Calcutta medical institutions reports 1892-1900
Year: 1892
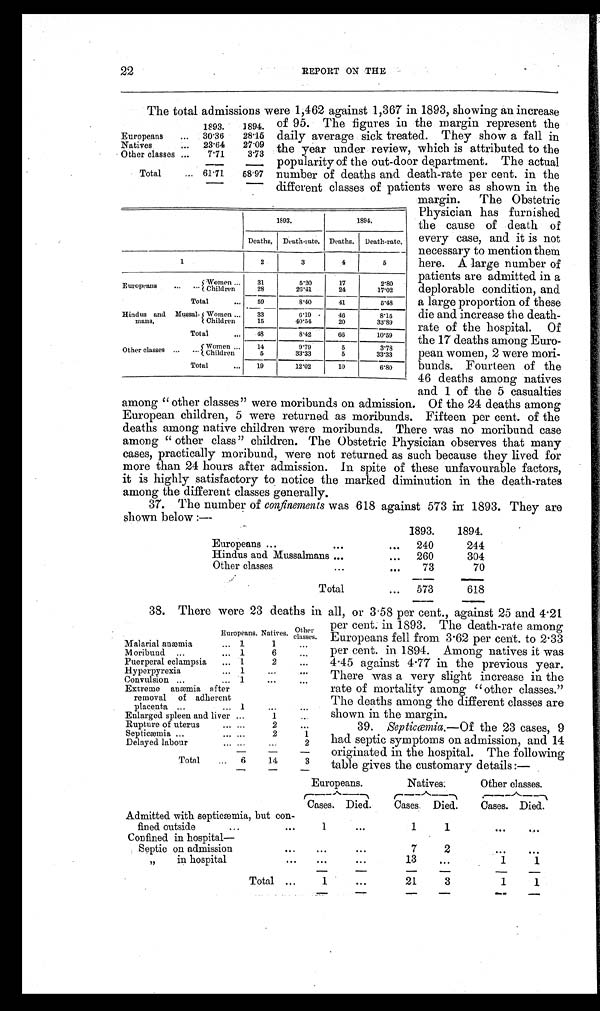
22
REPORT ON THE
The total admissions were 1,462 against 1,367 in 1893, showing an increase
of 95. The figures in the margin represent the
daily average sick treated. They show a fall in
the year under review, which is attributed to the
popularity of the out-door department. The actual
number of deaths and death-rate per cent. in the
different classes of patients were as shown in the
1893.
1894.
Europeans
...
30.36
28.15
Natives
...
23.64
27.09
Other classes ...
7.71
3.73
Total
... 61.71
58.97
1893.
1894.
Deaths. Death-rate. Deaths. Death-rate.
1
2
3
4
5
Europeans
. . . ...
Women ...
3 1
5 . 2 0
17
2.80
Children 28
26.41
2 4
17.02
Total
...
59
8.40
41
5.48
Hindus and Mussal-
mans,
W o m e n . . .
33
6.19
46
8.15
C h i l d r e n
1 5
40.54
20
33.89
Total
...
48
8.42
66
10.59
Other classes ...
... Women ...
1 4
9 . 7 9
5
3.78
Children
5
3 3 . 3 3
5
33.33
Total
...
19
12.02
10
6.80
margin. The Obstetric
Physician has furnished
the cause of death of
every case, and it is not
necessary to mention them
here. A large number of
patients are admitted in a
deplorable condition, and
a large proportion of these
die and increase the death-
rate of the hospital. Of
the 17 deaths among Euro--
pean women, 2 were mori
-bunds. Fourteen of the
46 deaths among natives
and 1 of the 5 casualties
among “other classes” were moribunds on admission. Of the 24 deaths among
European children, 5 were returned as moribunds. Fifteen per cent. of the
deaths among native children were moribunds. There was no moribund case
among “other class” children. The Obstetric Physician observes that many
cases, practically moribund, were not returned as such because they lived for
more than 24 hours after admission. In spite of these unfavourable factors,
it is highly satisfactory to notice the marked diminution in the death-rates
among the different classes generally.
37. The number of confinements was 618 against 573 in 1893. They are
shown below :—
1893.
1894.
Europeans ...
. . .
. . .
240
244
Hindus and Mussalmans ...
...
260
304
Other classes
. . .
. . .
73
70
Total
...
573
618
38. There were 23 deaths in all, or 3.58 per cent., against 25 and 4.21
Europeans. Natives. Other c l a s s e s .
Malarial anæmi
1
1
. . .
Moribund
...
1
6
. . .
Puerperal eclampsia
1
2
. . .
Hyperpyrexia
1
...
. . .
Convulsion ...
1
...
. . .
Extreme anæmia after
removal of adherent
placenta ...
... 1
...
. . .
Enlarged spleen and liver ...
1
. . .
Rupture of uterus
... ...
2
. . .
Septicæmia ...
... ...
2
1
Delayed labour
... ...
...
2
Total
6
14
3
per cent. in 1893. The death-rate among
Europeans fell from 3.62 per cent. to 2.33
per cent. in 1894. Among natives it was
4.45 against 4.77 in the previous year.
There was a very slight increase in the
rate of mortality among “other classes.”
The deaths among the different classes are
shown in the margin.
39. Septicæmia.—Of the 23 cases, 9
had septic symptoms on admission, and 14
originated in the hospital. The following
table gives the customary details:—
Europeans.
Natives.
Other classes.
Cases. Died.
Cases. Died.
Cases. Died.
Admitted with septicæmia, but con-
fined outside
...
. . .
.
1
. . .
1
1
. . .
. . .
Confined in hospital—
Septic on admission
. . .
...
...
7
2
. . .
. . .
„
in hospital
. . .
. . .
...
13
. . .
1
1
Total ...
1
. . .
21
3
1
1